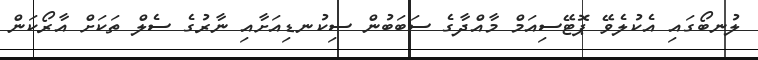
ލުނބޯގައި އެކުލެވޭ ޕޮޓޭސިއަމް މާއްދާގެ ސަބަބުން ސިކުނޑިއަށާއި ނާރުގެ ސެލް ތަކަށް އާރޯކަން